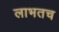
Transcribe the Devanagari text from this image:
लाभतच